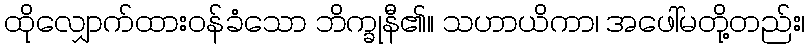
ထိုလျှောက်ထားဝန်ခံသော ဘိက္ခုနီ၏။ သဟာယိကာ၊ အဖေါ်မတို့တည်း၊